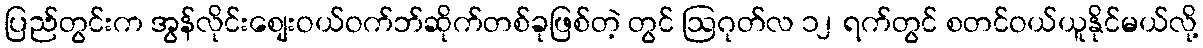
ပြည်တွင်းက အွန်လိုင်းစျေးဝယ်ဝက်ဘ်ဆိုက်တစ်ခုဖြစ်တဲ့ တွင် ဩဂုတ်လ ၁၂ ရက်တွင် စတင်ဝယ်ယူနိုင်မယ်လို့